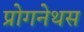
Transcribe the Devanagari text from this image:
प्रोगनेथस